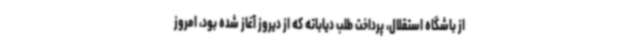
از باشگاه استقلال، پرداخت طلب دیاباته که از دیروز آغاز شده بود، امروز